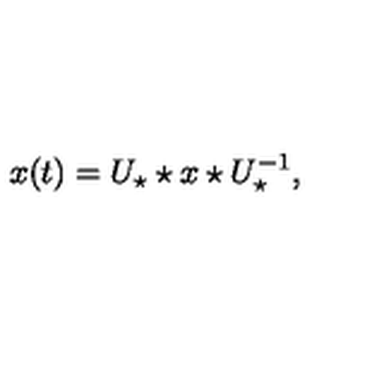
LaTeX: x ( t ) = U _ { \star } \star x \star U _ { \star } ^ { - 1 } ,